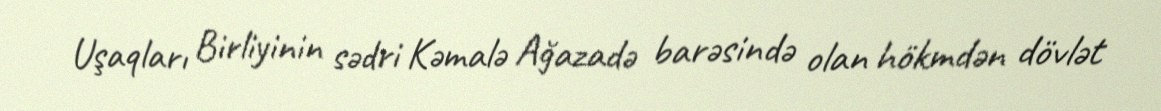
Uşaqları Birliyinin sədri Kəmalə Ağazadə barəsində olan hökmdən dövlət